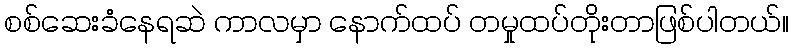
စစ်ဆေးခံနေရဆဲ ကာလမှာ နောက်ထပ် တမှုထပ်တိုးတာဖြစ်ပါတယ်။